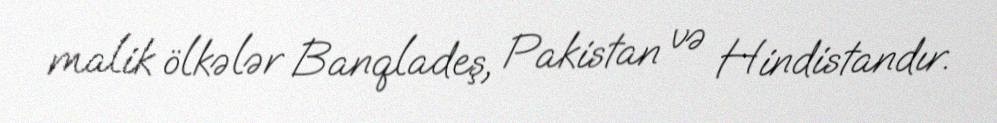
malik ölkələr Banqladeş, Pakistan və Hindistandır.